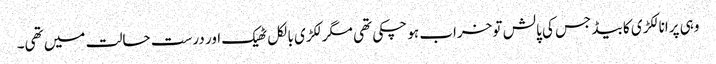
وہی پرانا لکڑی کا بیڈ جس کی پالش تو خراب ہو چکی تھی مگر لکڑی بالکل ٹھیک اور درست حالت میں تھی۔